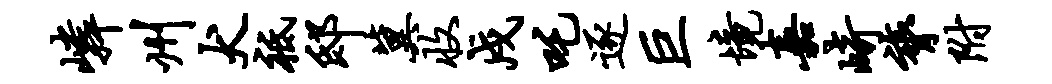
嶙州犬祗邸冀收戍吒逐巨境嘉崎膂附